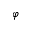
\varphi